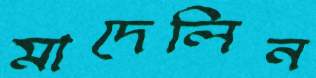
মাদেলিন